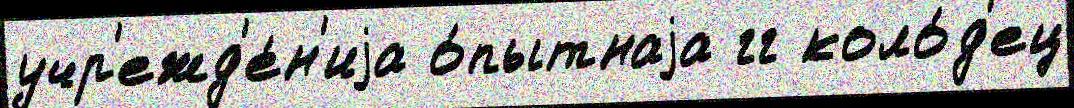
учр'ежд'е́н'иjа о́пытнаjа гг коло́д'ец